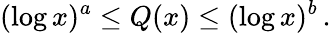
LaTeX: (\log x)^{a}\leq Q(x)\leq(\log x)^{b}\, .